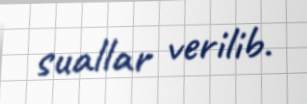
suallar verilib.